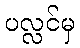
ပလ္လင်မှ